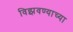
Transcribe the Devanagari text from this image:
विझवण्याच्या